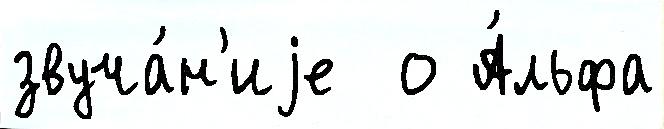
звуча́н'иjе  о А́льфа